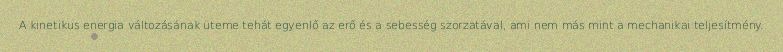
A kinetikus energia változásának üteme tehát egyenlő az erő és a sebesség szorzatával, ami nem más mint a mechanikai teljesítmény.